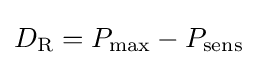
D_{\text{R}}=P_{\text{max}}-P_{\text{sens}}